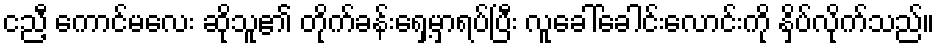
ငညီ့ ကောင်မလေး ဆိုသူ၏ တိုက်ခန်းရှေ့မှာရပ်ပြီး လူခေါ်ခေါင်းလောင်းကို နှိပ်လိုက်သည်။